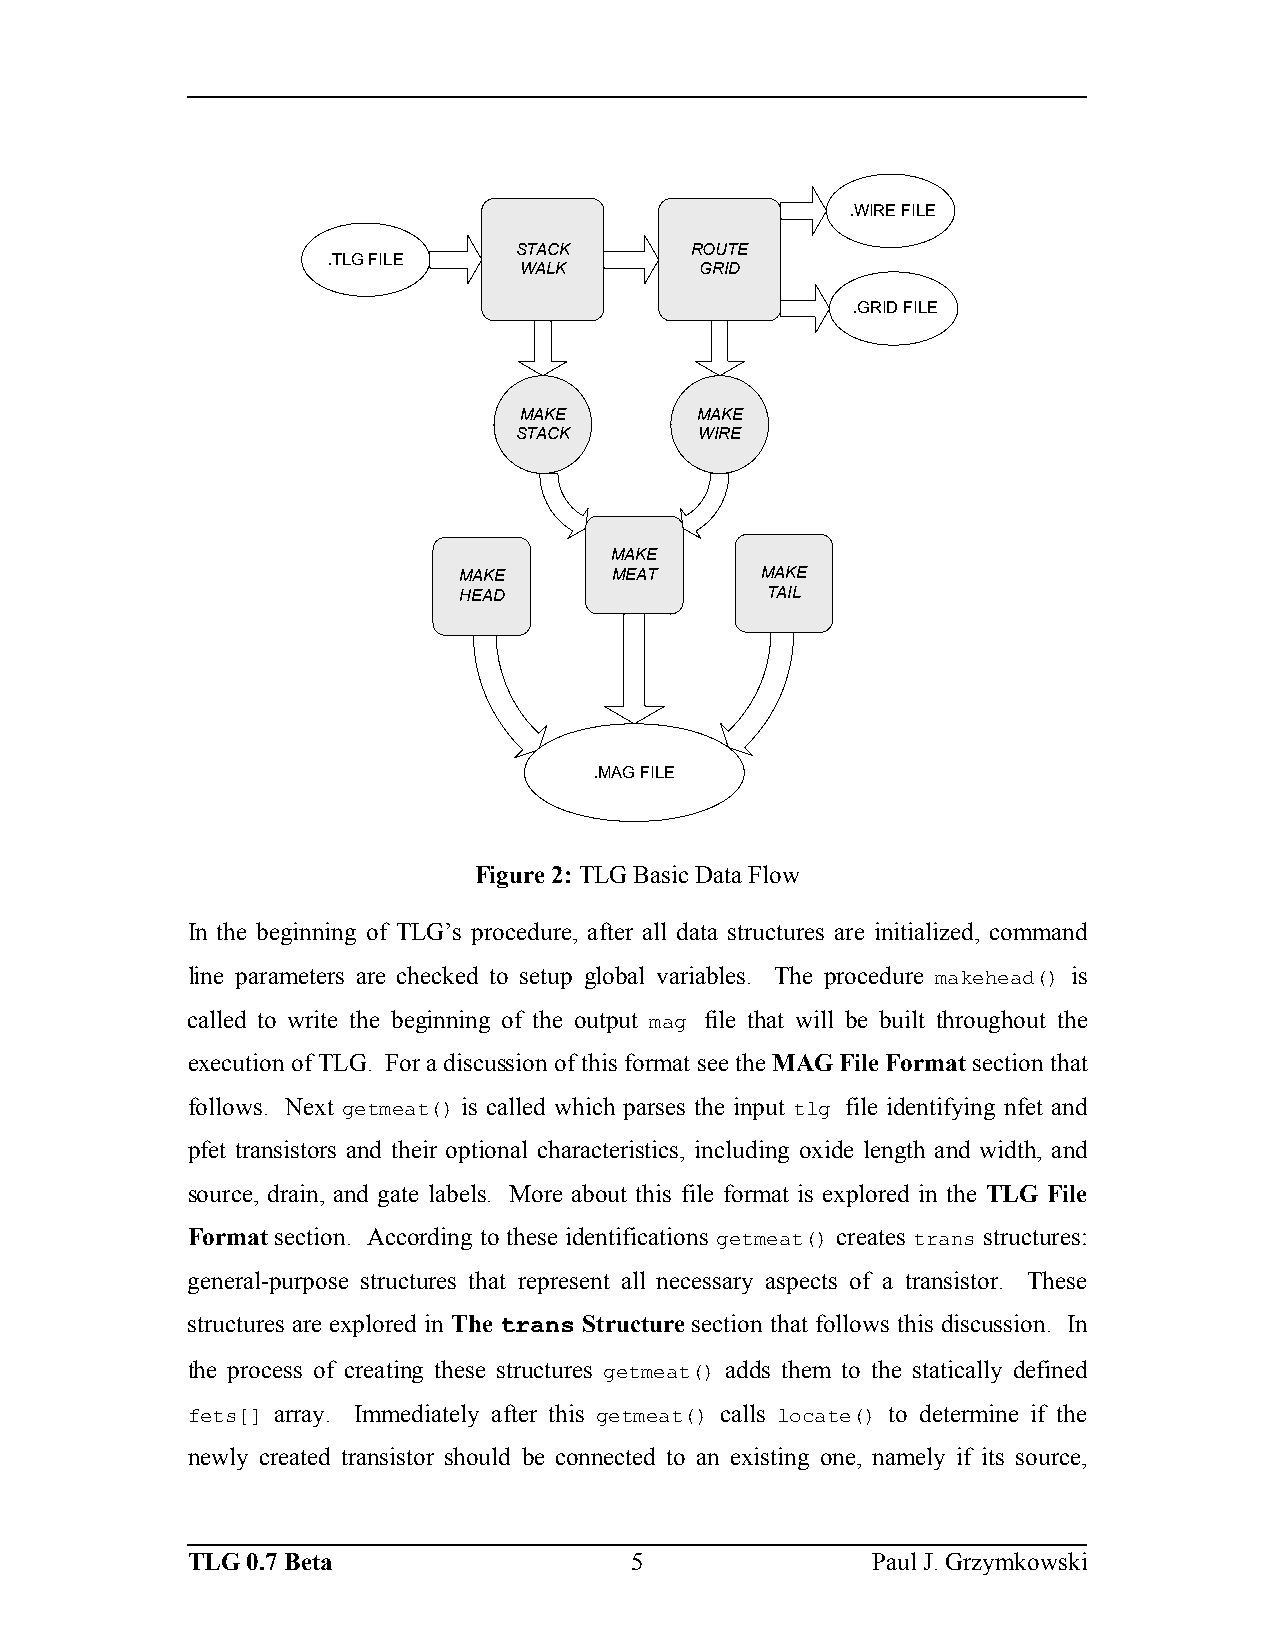
.WIRE FILE
 STACK       RROOUUTTEE
 .TLG FILE
 WALK        GGRRIIDD
 .GRID FILE
 MAKE        MAKE
 STACK       WIRE
 MAKE
 MAKE      MEAT      MAKE
 HEAD                 TAIL
 .MAG FILE
 Figure 2: TLG Basic Data Flow
 In the beginning of TLG’s procedure, after all data structures are initialized, command
 line parameters are checked to setup global variables. The procedure makehead() is
 called to write the beginning of the output mag file that will be built throughout the
 execution of TLG. For a discussion of this format see the MAG File Format section that
 follows. Next getmeat() is called which parses the input tlg file identifying nfet and
 pfet transistors and their optional characteristics, including oxide length and width, and
 source, drain, and gate labels. More about this file format is explored in the TLG File
 Format section. According to these identifications getmeat() creates trans structures:
 general-purpose structures that represent all necessary aspects of a transistor. These
 structures are explored in The trans Structure section that follows this discussion. In
 the process of creating these structures getmeat() adds them to the statically defined
 fets[] array. Immediately after this getmeat() calls locate() to determine if the
 newly created transistor should be connected to an existing one, namely if its source,
 TLG 0.7 Beta                  5               Paul J. Grzymkowski